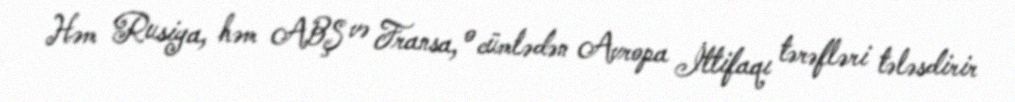
Həm Rusiya, həm ABŞ və Fransa, o cümlədən Avropa İttifaqı tərəfləri tələsdirir